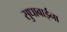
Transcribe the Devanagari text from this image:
सुधाबाईंना